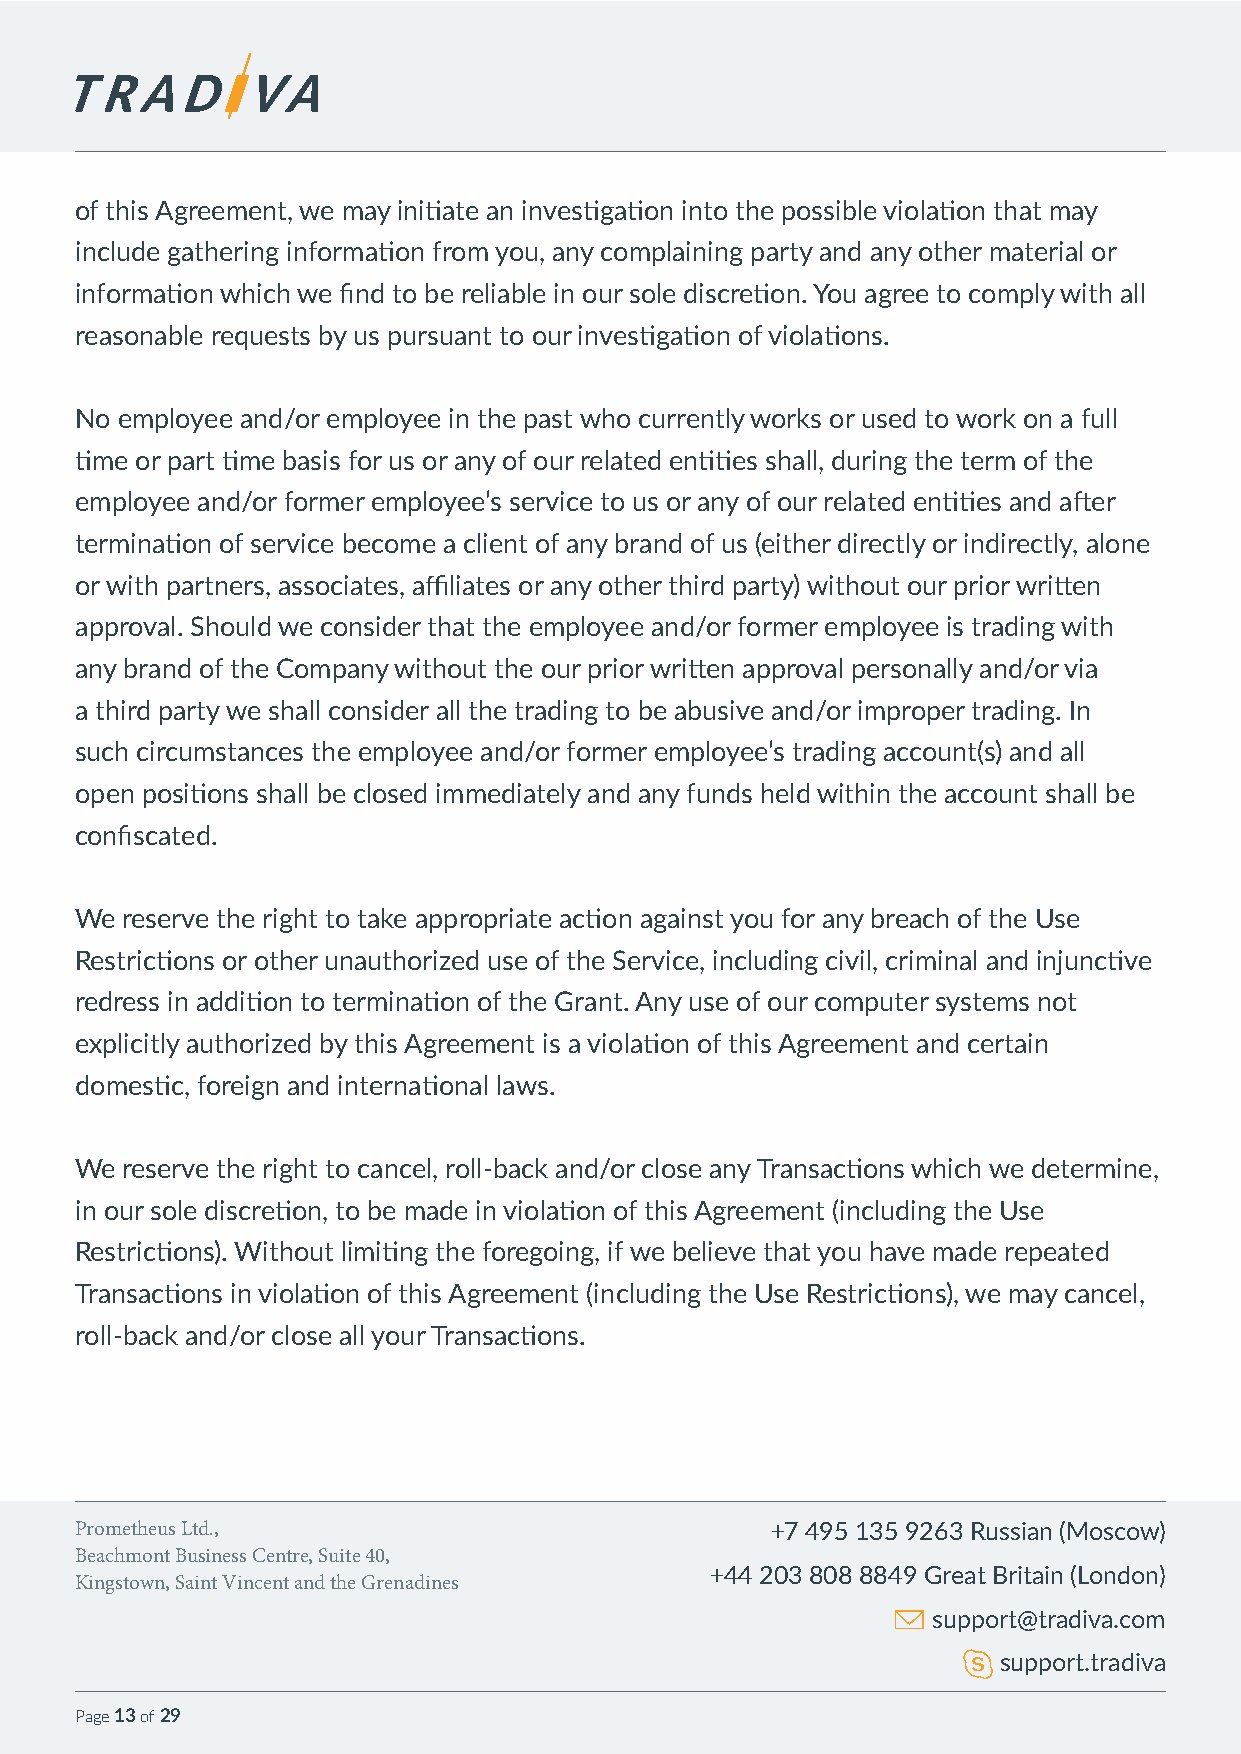
of this Agreement, we may initiate an investigation into the possible violation that may
 include gathering information from you, any complaining party and any other material or
 information which we find to be reliable in our sole discretion. You agree to comply with all
 reasonable requests by us pursuant to our investigation of violations.
 No employee and/or employee in the past who currently works or used to work on a full
 time or part time basis for us or any of our related entities shall, during the term of the
 employee and/or former employee’s service to us or any of our related entities and after
 termination of service become a client of any brand of us (either directly or indirectly, alone
 or with partners, associates, affiliates or any other third party) without our prior written
 approval. Should we consider that the employee and/or former employee is trading with
 any brand of the Company without the our prior written approval personally and/or via
 a third party we shall consider all the trading to be abusive and/or improper trading. In
 such circumstances the employee and/or former employee’s trading account(s) and all
 open positions shall be closed immediately and any funds held within the account shall be
 confiscated.
 We reserve the right to take appropriate action against you for any breach of the Use
 Restrictions or other unauthorized use of the Service, including civil, criminal and injunctive
 redress in addition to termination of the Grant. Any use of our computer systems not
 explicitly authorized by this Agreement is a violation of this Agreement and certain
 domestic, foreign and international laws.
 We reserve the right to cancel, roll-back and/or close any Transactions which we determine,
 in our sole discretion, to be made in violation of this Agreement (including the Use
 Restrictions). Without limiting the foregoing, if we believe that you have made repeated
 Transactions in violation of this Agreement (including the Use Restrictions), we may cancel,
 roll-back and/or close all your Transactions.
 Prometheus Ltd.,                              +7 495 135 9263 Russian (Moscow)
 Beachmont Business Centre, Suite 40,
 +44 203 808 8849 Great Britain (London)
 Kingstown, Saint Vincent and the Grenadines
 support@tradiva.com
 support.tradiva
 Page 13 of 29